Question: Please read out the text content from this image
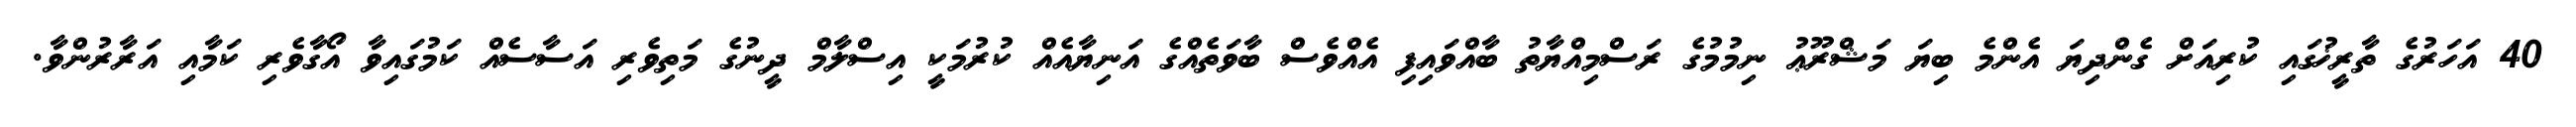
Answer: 40 އަހަރުގެ ތާރީޚުގައި ކުރިއަށް ގެންދިޔަ އެންމެ ބިޔަ މަޝްރޫޢު ނިމުމުގެ ރަސްމިއްޔާތު ބާއްވައިފި އެއްވެސް ބާވަތެއްގެ އަނިޔާއެއް ކުރުމަކީ އިސްލާމް ދީނުގެ މަތިވެރި އަސާސެއް ކަމުގައިވާ އޯގާވެރި ކަމާއި އަރާރުންވާ.